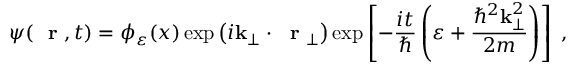
\psi ( \mathrm { ~ \bf ~ r ~ } , t ) = \phi _ { \varepsilon } ( x ) \exp \left( i { \bf k } _ { \perp } \cdot \mathrm { ~ \bf ~ r ~ } _ { \perp } \right) \exp \left[ - \frac { i t } { \hbar } \left( \varepsilon + \frac { \hbar ^ { 2 } { \bf k } _ { \perp } ^ { 2 } } { 2 m } \right) \right] \; ,